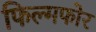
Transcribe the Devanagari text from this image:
फिल्मफोर